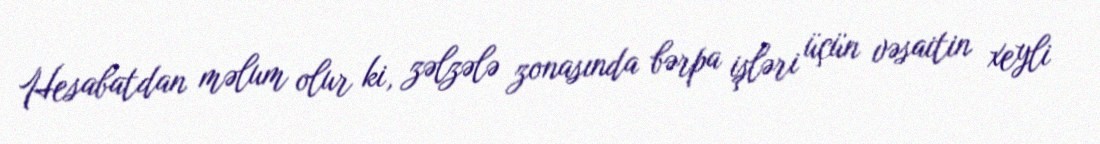
Hesabatdan məlum olur ki, zəlzələ zonasında bərpa işləri üçün vəsaitin xeyli